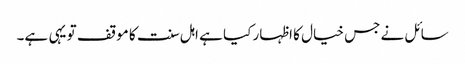
سائل نے جس خیال کا اظہار کیا ہے اہل سنت کا موقف تو یہی ہے۔